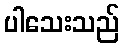
ပါသေးသည်